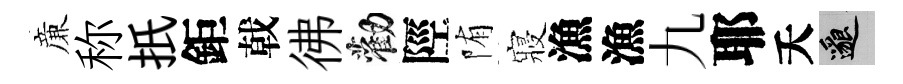
亷称扺鉅戟彿勸陘陏寢漁漁九耶夭邈